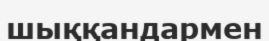
шыққандармен